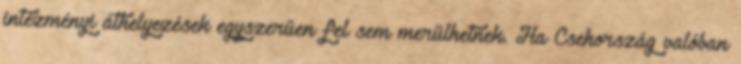
intézményi áthelyezések egyszerűen fel sem merülhetnek. Ha Csehország valóban